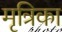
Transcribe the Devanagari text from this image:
मृत्रिका